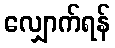
လျှောက်ရန်